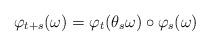
LaTeX: \begin{align*} \varphi_{t+s}(\omega) = \varphi_t(\theta_s\omega) \circ \varphi_s(\omega) \end{align*}